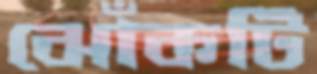
ঝোঁকটি